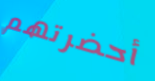
أحضرتهم